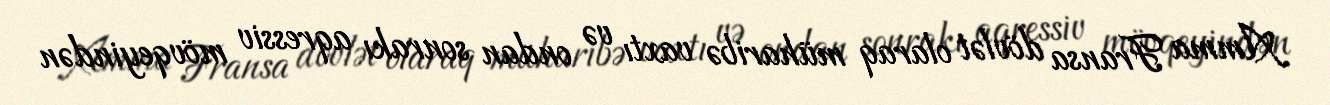
Amma Fransa dövlət olaraq müharibə vaxtı və ondan sonrakı aqressiv mövqeyindən